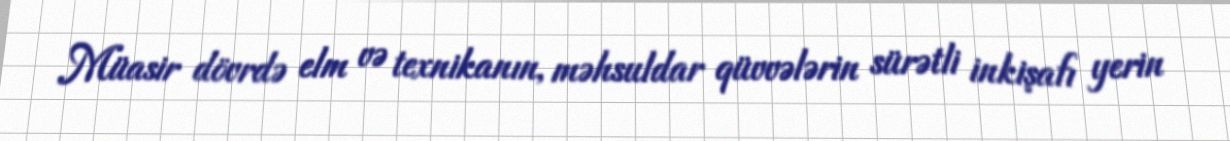
Müasir dövrdə elm və texnikanın, məhsuldar qüvvələrin sürətli inkişafı yerin